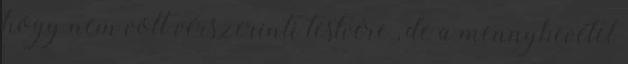
hogy nem volt vérszerinti testvére , de a mennybevétel